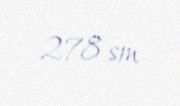
278 sm